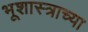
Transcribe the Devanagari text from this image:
भूशास्त्राच्या